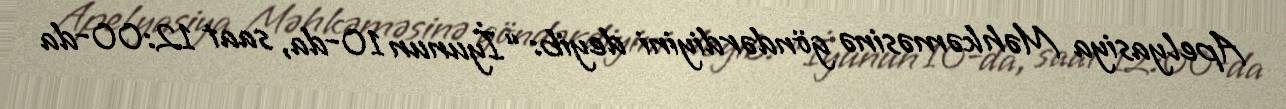
Apelyasiya Məhkəməsinə göndərdiyini deyib: “İyunun 10-da, saat 12:00-da